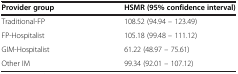
<table><thead><tr><td><b>Provider group</b></td><td><b>HSMR (95% confidence interval)</b></td></tr></thead><tbody><tr><td>Traditional-FP</td><td>108.52 (94.94 – 123.49)</td></tr><tr><td>FP-Hospitalist</td><td>105.18 (99.48 – 111.12)</td></tr><tr><td>GIM-Hospitalist</td><td>61.22 (48.97 – 75.61)</td></tr><tr><td>Other IM</td><td>99.34 (92.01 – 107.12)</td></tr></tbody></table>